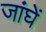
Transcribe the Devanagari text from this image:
जांघें